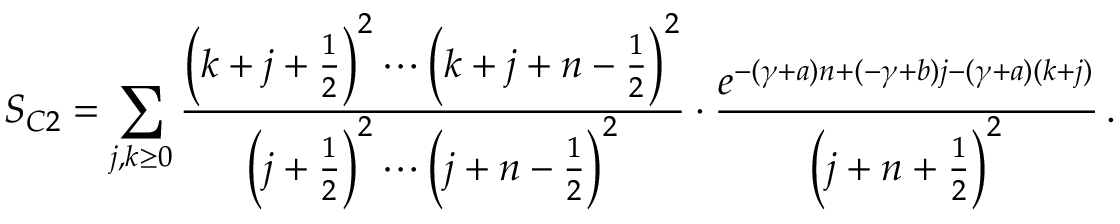
S _ { C 2 } = \sum _ { j , k \ge 0 } \frac { \left( k + j + \frac { 1 } { 2 } \right) ^ { 2 } \cdots \left( k + j + n - \frac { 1 } { 2 } \right) ^ { 2 } } { \left( j + \frac { 1 } { 2 } \right) ^ { 2 } \cdots \left( j + n - \frac { 1 } { 2 } \right) ^ { 2 } } \cdot \frac { e ^ { - ( \gamma + a ) n + ( - \gamma + b ) j - ( \gamma + a ) ( k + j ) } } { \left( j + n + \frac { 1 } { 2 } \right) ^ { 2 } } \, .